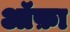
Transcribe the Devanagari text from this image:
ऑफ़ा